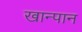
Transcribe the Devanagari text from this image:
खान्पान